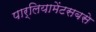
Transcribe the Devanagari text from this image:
पार्लियामेंटसबसे